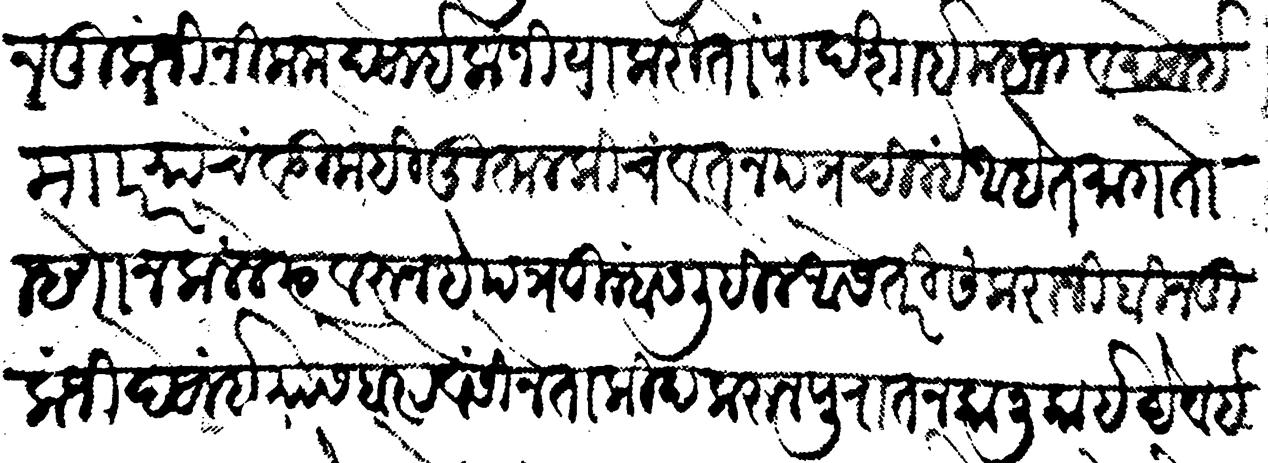
Transliteration (Devanagari): बीन तुलाजी निकम देसाई कजीया करीतो पादशाई महजर व देसाई माार याचे वडिला ही मुतालकीचे वतनपत्र दिल्हे आहे ते मागतो म्हणोन कलले त्या वरून हे पत्र तुम्हांस लिहिले आसे तरी संकराजी बीन तुलाजी देसाई यास बरे रेवंसी ने ताकीद करून पुरातन काली काईदे व इनाम